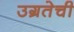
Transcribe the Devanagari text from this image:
उग्रतेची